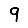
Digit: 9